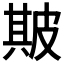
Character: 𤿺